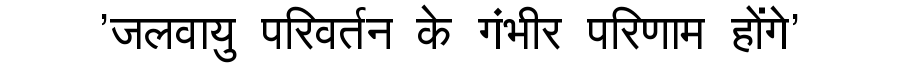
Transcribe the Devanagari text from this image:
'जलवायु परिवर्तन के गंभीर परिणाम होंगे'